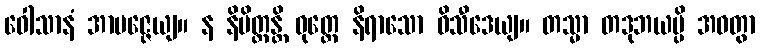
ဝေါသာနံ အာပဇ္ဇေယျ။ န နိမိတ္တန္တိ ဝုတ္တေ နိရာသော ဝိသီဒေယျ။ တသ္မာ တဒုဘယမ္ပိ အဝတွာ